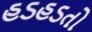
હડહડતો